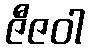
ဇီဇဝါ